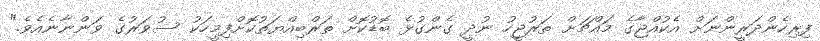
ފިރިހެންދަރީންނަށް އެކުއްޖާގެ މައްޗަށް ތަރުޖީހު ނުދީ ގެންގުޅެ ބޮޑުކޮށް ތަރްބިއްޔަތުކޮށްފިމީހަކު ސުވަރުގެ ވަންނާނެއެވެ."